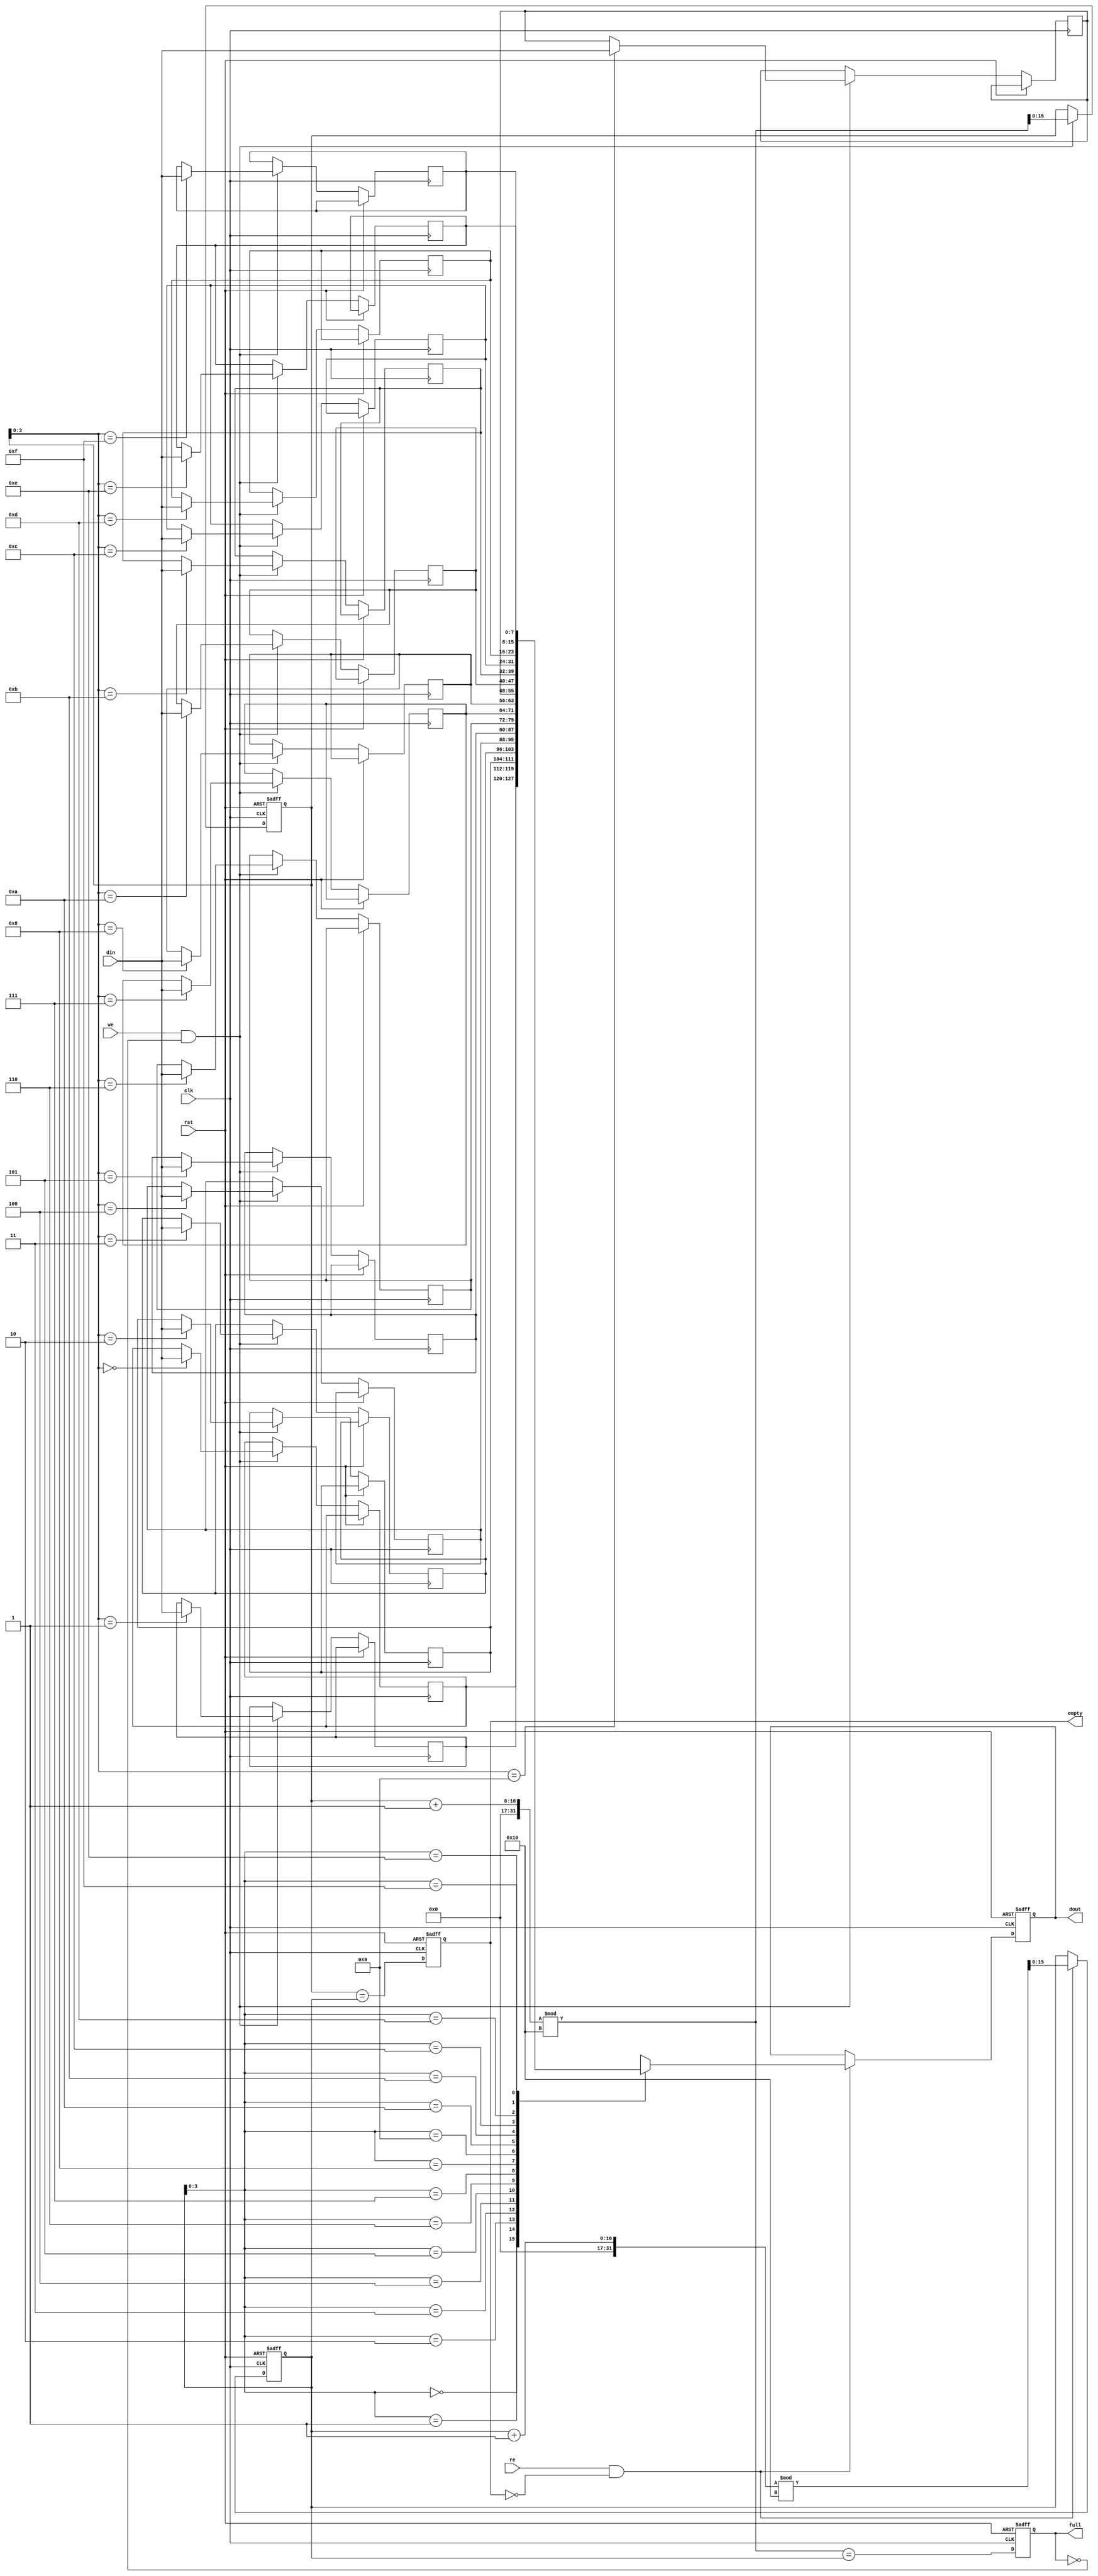
module fifo_sram #(
    parameter DEPTH = 16, // Number of entries in FIFO
    parameter WIDTH = 8    // Width of each data entry in bits
) (
    input  wire                clk,      // Clock signal
    input  wire                rst,      // Asynchronous reset
    input  wire                we,       // Write enable
    input  wire                re,       // Read enable
    input  wire [WIDTH-1:0]   din,      // Data input
    output reg [WIDTH-1:0]    dout,     // Data output
    output reg                empty,     // Empty flag
    output reg                full       // Full flag
);

    // Memory array to hold data
    reg [WIDTH-1:0] fifo_mem [0:DEPTH-1];

    // Pointers for read and write
    reg [DEPTH-1:0] w_ptr; // Write pointer
    reg [DEPTH-1:0] r_ptr; // Read pointer

    // Logic to manage FIFO
    always @(posedge clk or posedge rst) begin
        if (rst) begin
            // Reset the FIFO
            w_ptr <= 0;
            r_ptr <= 0;
            empty <= 1'b1;
            full <= 1'b0;
            dout <= 0;
        end else begin
            // Handle write operation
            if (we && !full) begin
                fifo_mem[w_ptr] <= din; // Write data to memory
                w_ptr <= (w_ptr + 1) % DEPTH; // Increment write pointer
            end
            
            // Handle read operation
            if (re && !empty) begin
                dout <= fifo_mem[r_ptr]; // Read data from memory
                r_ptr <= (r_ptr + 1) % DEPTH; // Increment read pointer
            end

            // Update flags
            empty <= (w_ptr == r_ptr);
            full <= ((w_ptr + 1) % DEPTH == r_ptr);
        end
    end
endmodule